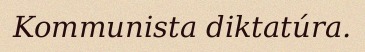
Kommunista diktatúra.